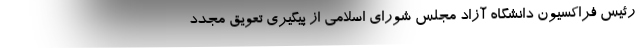
رئیس فراکسیون دانشگاه آزاد مجلس شورای اسلامی از پیگیری تعویق مجدد